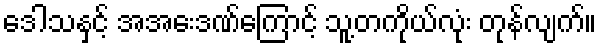
ဒေါသနှင့် အအေးဒဏ်ကြောင့် သူ့တကိုယ်လုံး တုန်လျက်။